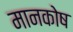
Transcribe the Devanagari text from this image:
मानकोष